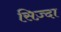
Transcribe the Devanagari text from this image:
सिज़्दा